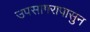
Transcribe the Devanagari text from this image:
उपसागरापासुन